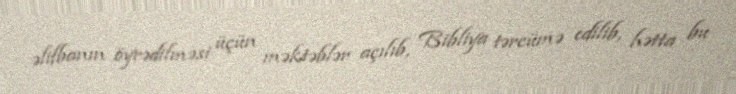
əlifbanın öyrədilməsi üçün məktəblər açılıb, Bibliya tərcümə edilib, hətta bu